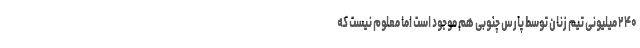
۲۴۰ میلیونی تیم زنان توسط پارس چنوبی هم موجود است اما معلوم نیست که